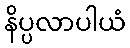
နိပ္ပလာပါယံ